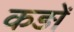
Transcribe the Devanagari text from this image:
कड़ों